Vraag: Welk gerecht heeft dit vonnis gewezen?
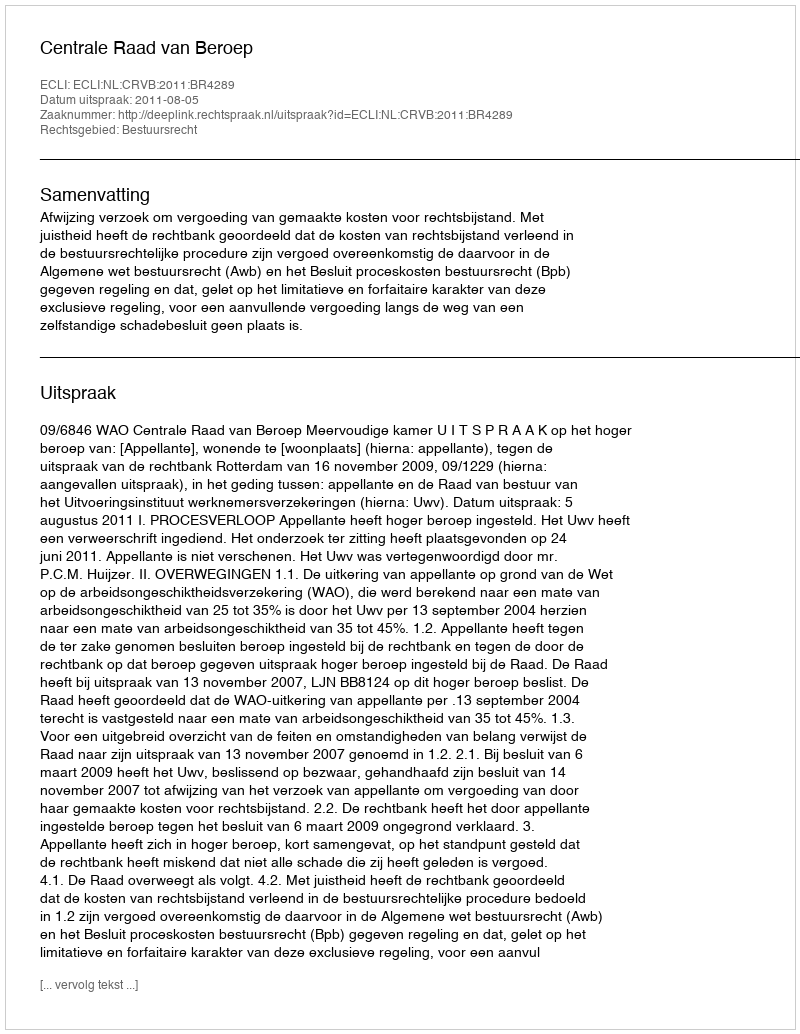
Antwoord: Centrale Raad van Beroep